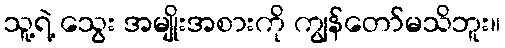
သူ့ရဲ့ သွေး အမျိုးအစားကို ကျွန်တော်မသိဘူး။